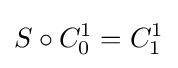
S\circ C_{0}^{1}=C_{1}^{1}